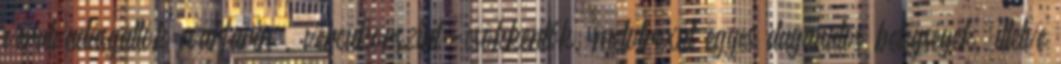
véralvadásgátlók warfarin , vércukorszint-csökkentők, metotrexát egyes daganatos betegségek, illetve